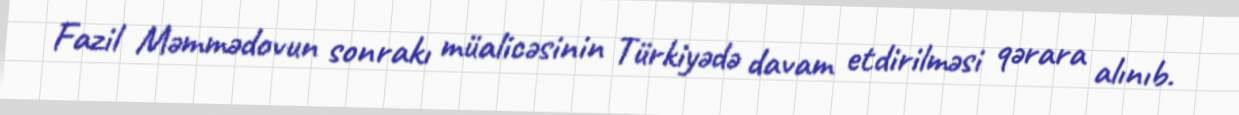
Fazil Məmmədovun sonrakı müalicəsinin Türkiyədə davam etdirilməsi qərara alınıb.